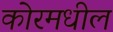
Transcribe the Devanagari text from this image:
कोरमधील